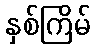
နှစ်ကြိမ်